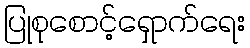
ပြုစုစောင့်ရှောက်ရေး